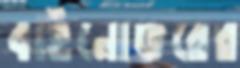
বর্হিনোঙরের